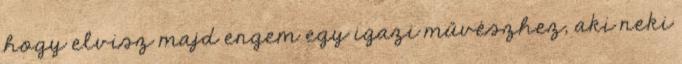
hogy elvisz majd engem egy igazi művészhez, aki neki